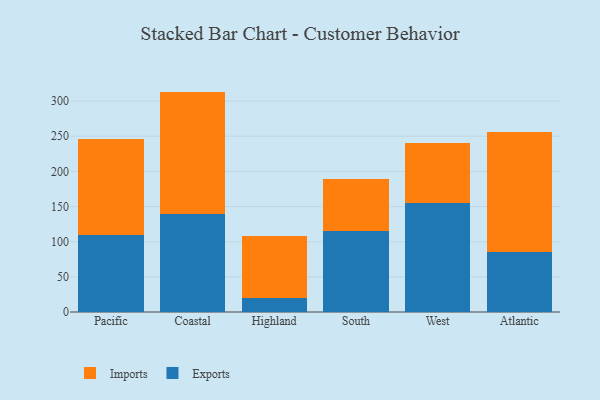
{"axis": {"x": "Region", "y": "Page Views"}, "legend": ["Exports", "Imports"], "data": [{"x": "Pacific", "y": 109.6, "type": "Exports"}, {"x": "Pacific", "y": 136.3, "type": "Imports"}, {"x": "Coastal", "y": 138.9, "type": "Exports"}, {"x": "Coastal", "y": 174.6, "type": "Imports"}, {"x": "Highland", "y": 19.3, "type": "Exports"}, {"x": "Highland", "y": 88.4, "type": "Imports"}, {"x": "South", "y": 115.2, "type": "Exports"}, {"x": "South", "y": 74.4, "type": "Imports"}, {"x": "West", "y": 155.5, "type": "Exports"}, {"x": "West", "y": 85.0, "type": "Imports"}, {"x": "Atlantic", "y": 84.8, "type": "Exports"}, {"x": "Atlantic", "y": 171.6, "type": "Imports"}]}